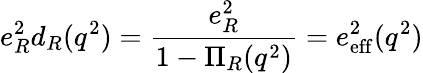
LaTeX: e_{R}^{2}d_{R}(q^{2})=\frac{e_{R}^{2}}{1-\Pi_{R}(q^{2})}=e_{\mathrm{eff}}^{2}(q^{2})